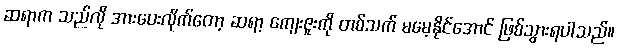
ဆရာက သည်လို အားပေးလိုက်တော့ ဆရာ့ ကျေးဇူးကို တစ်သက် မမေ့နိုင်အောင် ဖြစ်သွားရပါသည်။